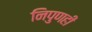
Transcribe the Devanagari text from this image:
निपुणही